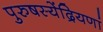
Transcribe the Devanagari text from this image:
पुरुषस्येंद्रियणां